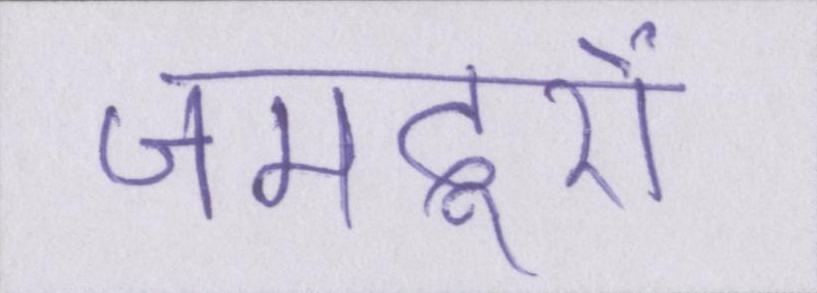
जमदूरों